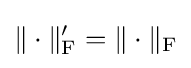
\|\cdot \|'_{\text{F}}=\|\cdot \|_{\text{F}}